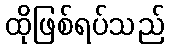
ထိုဖြစ်ရပ်သည်